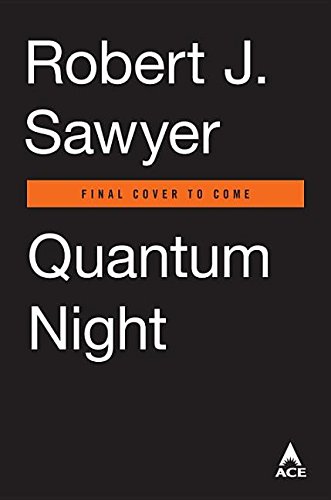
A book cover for Quantum Night; Robert J. Sawyer; Science Fiction & Fantasy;